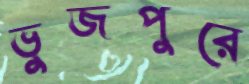
ভুজপুরে